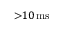
{ > } 1 0 \, \mathrm { m s }